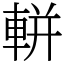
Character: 軿